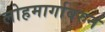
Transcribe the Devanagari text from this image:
लोहमार्गावरुन